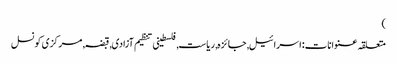
)
متعلقہ عنوانات‬:اسرائیل, جائزہ, ریاست, فلسطینی تنظیم آزادی, قبضہ, مرکزی کونسل